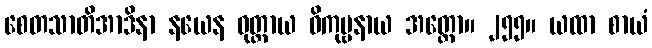
စေတသာတိအာဒိနာ နယေန ဝုတ္တာယ ဝိကုဗ္ဗနာယ အတ္ထော။ ၂၅၅။ ယထာ စာယံ